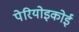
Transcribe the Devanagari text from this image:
पेरियोइकोई